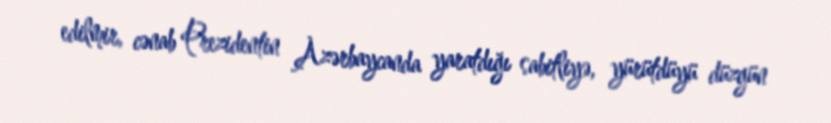
edilmir, cənab Prezidentin Azərbaycanda yaratdığı sabitliyə, yürütdüyü düzgün